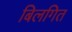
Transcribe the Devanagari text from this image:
बिलगित